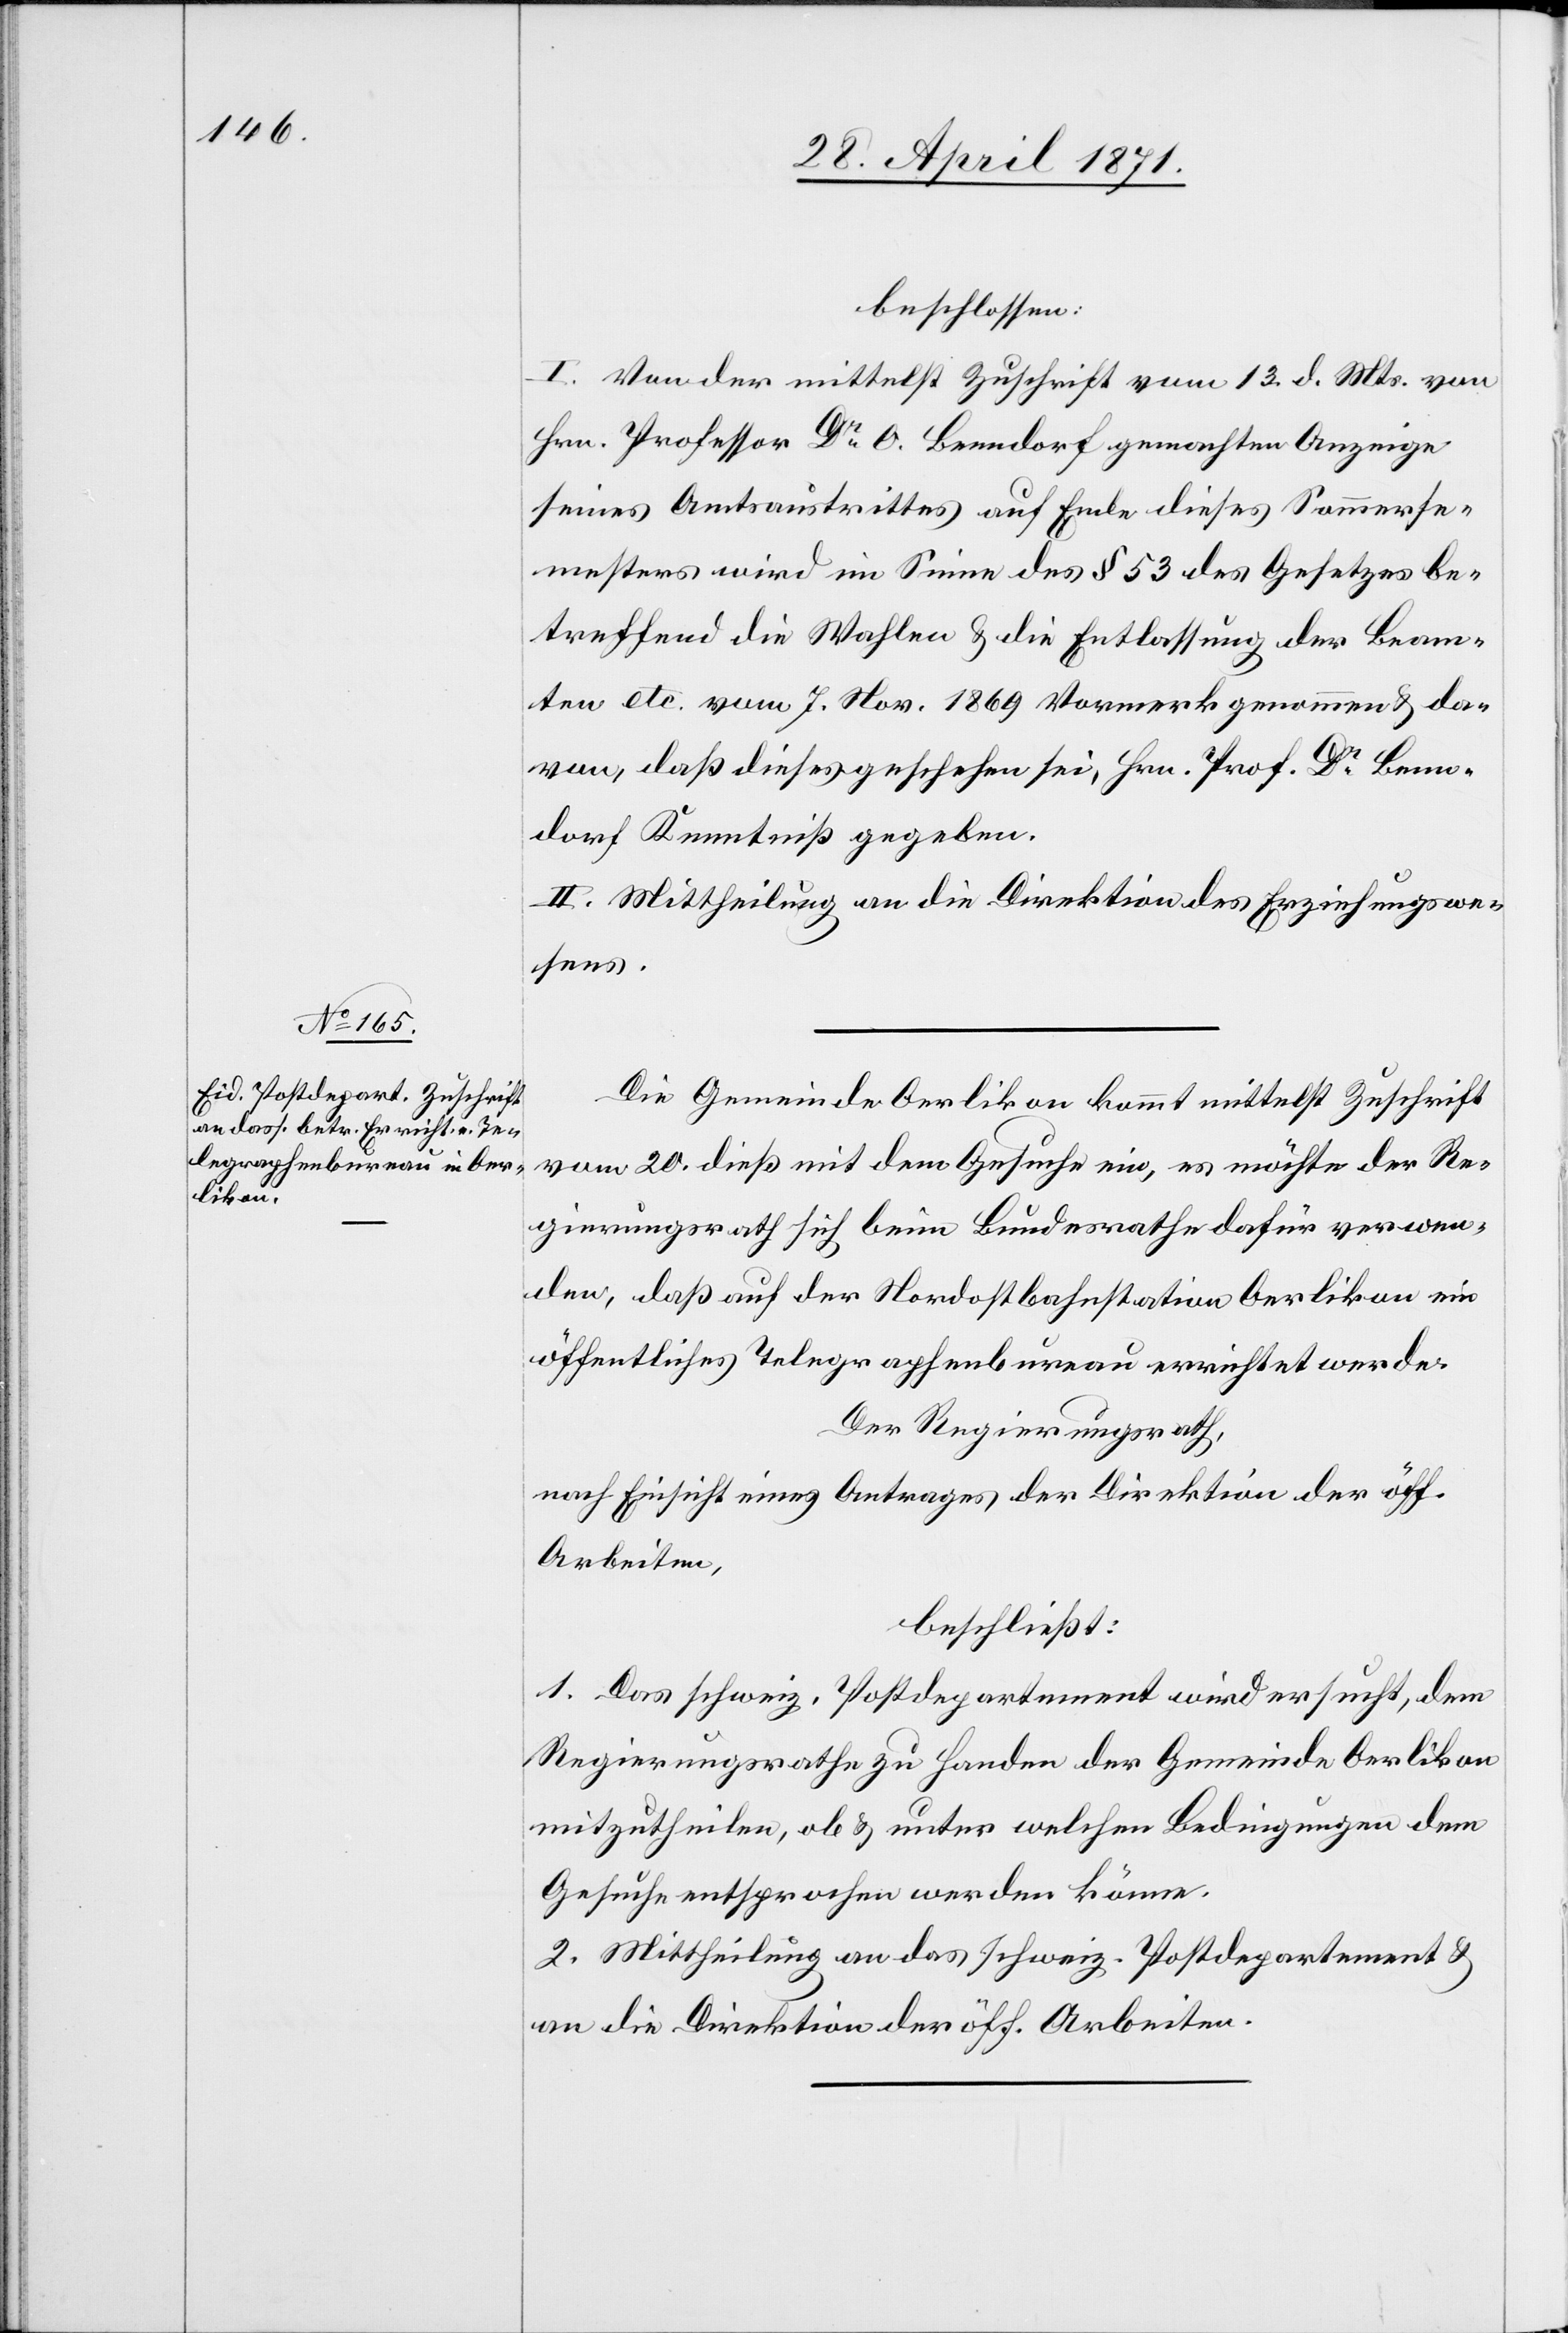
beschlossen:
I. Von der mittelst Zuschrift vom 13. d. Mts. von
Hrn. Professor Dr. O. Benndorf gemachten Anzeige
seines Amtsaustrittes auf Ende dieses Sommerse¬
mesters wird im Sinne des § 53 des Gesetzes be¬
treffend die Wahlen u. die Entlassung der Beam¬
ten etc. vom 7. Nov. 1869 Vormerk genommen u. da¬
von , daß dieses geschehen sei, Hrn. Prof. Dr. Benn¬
dorf Kenntniß gegeben.
II. Mittheilung an die Direktion des Erziehungswe¬
sens.
Die Gemeinde Oerlikon kommt mittelst Zuschrift
vom 20. dieß mit dem Gesuche ein, es möchte der Re¬
gierungsrath sich beim Bundesrathe dafür verwen¬
den, daß auf der Nordostbahnstation Oerlikon ein
öffentliches Telegraphenbureau errichtet werde.
Der Regierungsrath,
nach Einsicht eines Antrages der Direktion der öff.
Arbeiten,
beschließt:
1. Das schweiz. Postdepartement wird ersucht, dem
Regierungsrathe zu Handen der Gemeinde Oerlikon
mitzutheilen, ob u. unter welchen Bedingungen dem
Gesuche entsprochen werden könne.
2. Mittheilung an das schweiz. Postdepartement u.
an die Direktion der öff. Arbeiten.